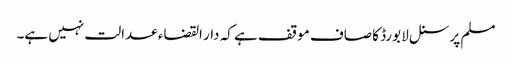
مسلم پرسنل لا بورڈ کا صاف موقف ہے کہ دار القضاء عدالت نہیں ہے۔